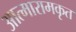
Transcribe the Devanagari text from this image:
आत्मारामकृत